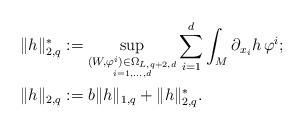
LaTeX: \begin{align*}\|h\|^*_{2,q}&:= \sup_{\underset{ i=1,\dots, d}{(W,\varphi^i)\in\Omega_{L,q+2,d}}} \sum_{i=1}^{d}\int_M \partial_{x_i}h \, \varphi^i;\\\|h\|_{2,q}&:= b\|h\|_{1,q}+\|h\|^*_{2,q}.\end{align*}